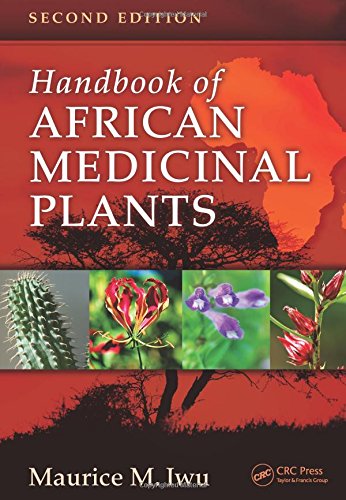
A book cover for Handbook of African Medicinal Plants, Second Edition; Maurice M. Iwu; Medical Books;